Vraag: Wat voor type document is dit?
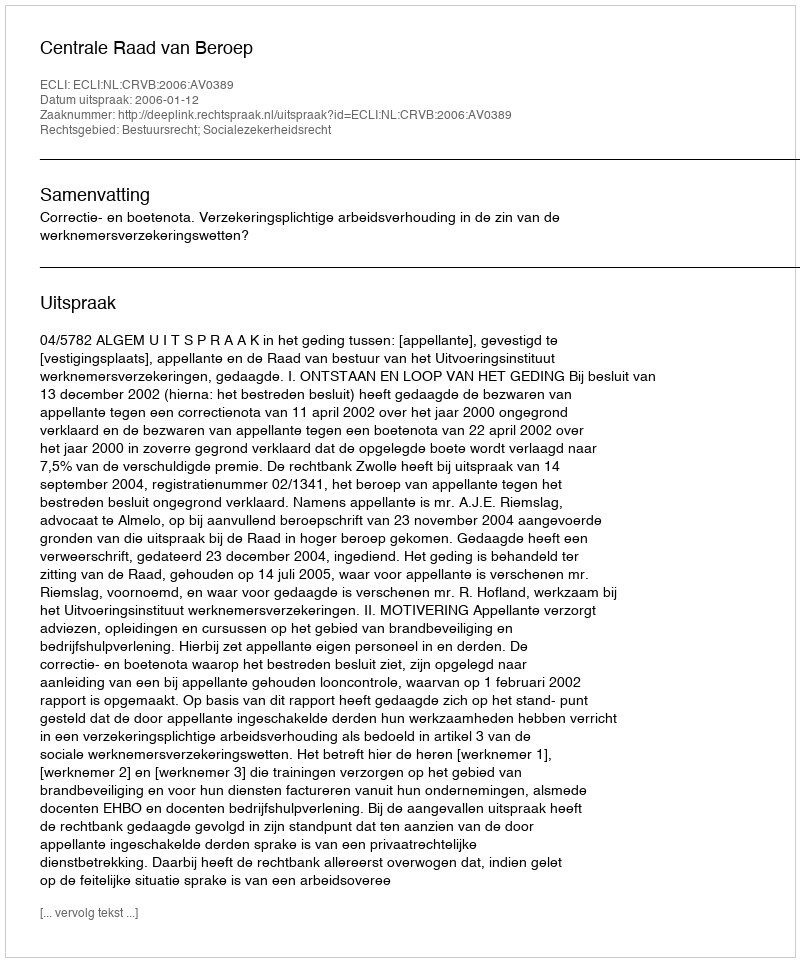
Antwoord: Uitspraak